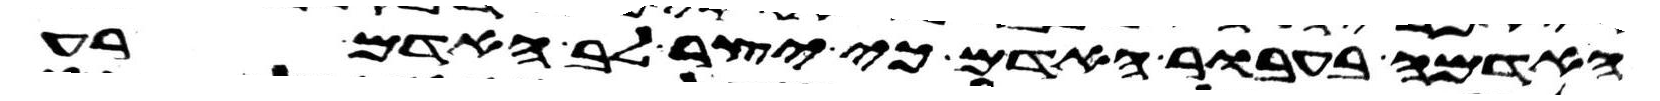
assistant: האדמה בעבור האדם כי יצר לב האדם רע